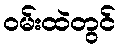
ဝမ်းထဲတွင်